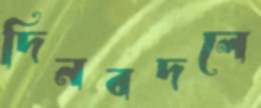
দিনবদলে